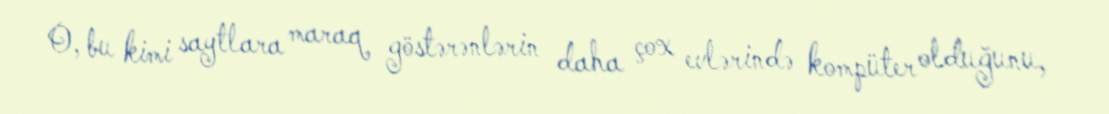
O, bu kimi saytlara maraq göstərənlərin daha çox evlərində kompüter olduğunu,